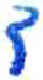
אות: ד